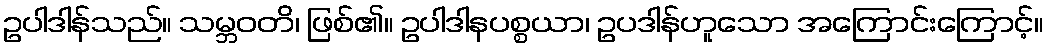
ဥပါဒါန်သည်။ သမ္ဘဝတိ၊ ဖြစ်၏။ ဥပါဒါနပစ္စယာ၊ ဥပဒါန်ဟူသော အကြောင်းကြောင့်။